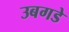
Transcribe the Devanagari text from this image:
उबगडे